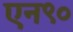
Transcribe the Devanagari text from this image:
एन९०